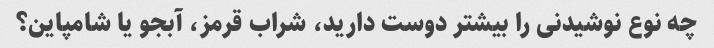
چه نوع نوشیدنی را بیشتر دوست دارید، شراب قرمز، آبجو یا شامپاین؟